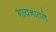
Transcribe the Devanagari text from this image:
गायनातले